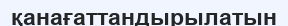
қанағаттандырылатын